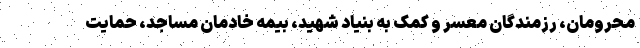
محرومان، رزمندگان معسر و کمک به بنیاد شهید، بیمه خادمان مساجد، حمایت